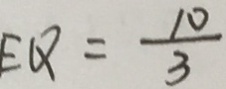
E Q = \frac { 1 0 } { 3 }